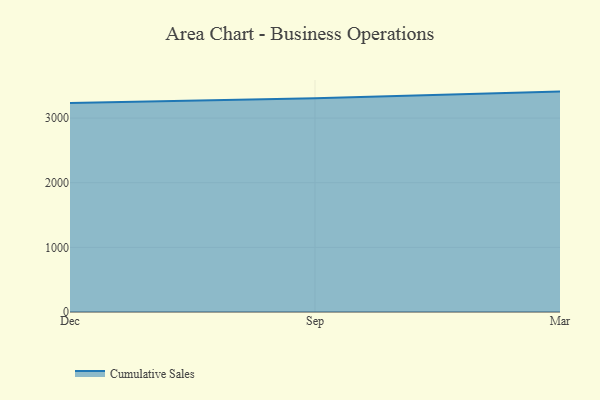
{"axis": {"x": "Month", "y": "Gross Profit (USD K)"}, "legend": ["Cumulative Sales"], "data": [{"x": "Dec", "y": 3232.2, "type": "Cumulative Sales"}, {"x": "Sep", "y": 3307.8, "type": "Cumulative Sales"}, {"x": "Mar", "y": 3409.4, "type": "Cumulative Sales"}]}